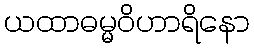
ယထာဓမ္မဝိဟာရိနော